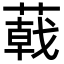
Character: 𦻝